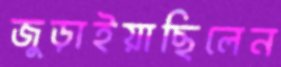
জুড়াইয়াছিলেন